Scottish Leaving Certificate Examination, 1959
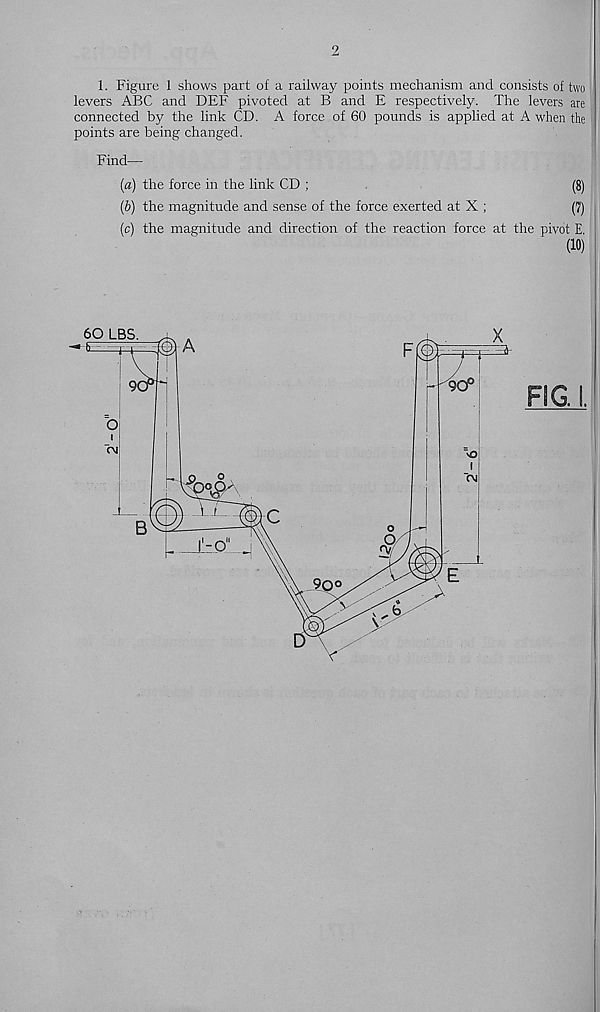
2
1. Figure 1 shows part of a railway points mechanism and consists of two
levers ABC and DEF pivoted at B and E respectively. The levers are
connected by the link CD. A force of 60 pounds is applied at A when the
points are being changed.
Find—
{a) the force in the link CD ;
(8)
(6) the magnitude and sense of the force exerted at X ;
(7)
(c) the magnitude and direction of the reaction force at the pivot E.
(10)